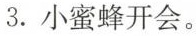
3.小蜜蜂开会。